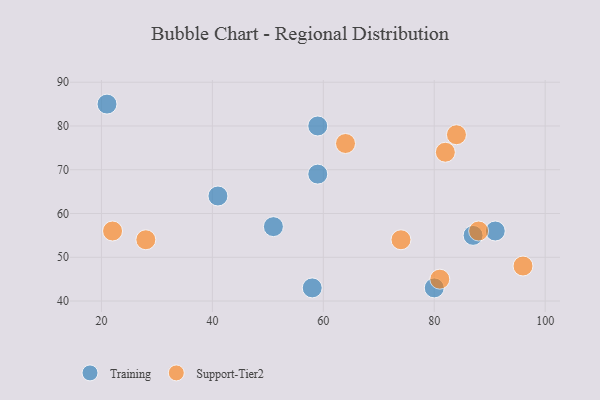
{"axis": {"x": "GDP", "y": "Life Expectancy"}, "legend": ["Support-Tier2", "Training"], "data": [{"x": "58", "y": 43, "type": "Training"}, {"x": "80", "y": 43, "type": "Training"}, {"x": "91", "y": 56, "type": "Training"}, {"x": "87", "y": 55, "type": "Training"}, {"x": "51", "y": 57, "type": "Training"}, {"x": "21", "y": 85, "type": "Training"}, {"x": "59", "y": 80, "type": "Training"}, {"x": "59", "y": 69, "type": "Training"}, {"x": "41", "y": 64, "type": "Training"}, {"x": "81", "y": 45, "type": "Support-Tier2"}, {"x": "96", "y": 48, "type": "Support-Tier2"}, {"x": "74", "y": 54, "type": "Support-Tier2"}, {"x": "22", "y": 56, "type": "Support-Tier2"}, {"x": "82", "y": 74, "type": "Support-Tier2"}, {"x": "84", "y": 78, "type": "Support-Tier2"}, {"x": "28", "y": 54, "type": "Support-Tier2"}, {"x": "88", "y": 56, "type": "Support-Tier2"}, {"x": "64", "y": 76, "type": "Support-Tier2"}]}